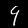
Digit: 9